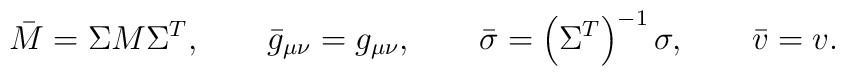
\bar{M} = \Sigma M \Sigma^T, \qquad \bar{g}_{\mu\nu} = g_{\mu\nu} , \qquad \bar{\sigma} = \left( \Sigma^T \right)^{-1} \sigma, \qquad \bar{v} =v .